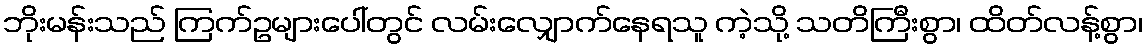
ဘိုးမန်းသည် ကြက်ဥများပေါ်တွင် လမ်းလျှောက်နေရသူ ကဲ့သို့ သတိကြီးစွာ၊ ထိတ်လန့်စွာ၊